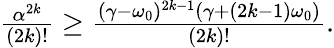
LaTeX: \begin{array}{r}{\frac{\alpha^{2k}}{(2k)!}\geq\frac{(\gamma-\omega_{0})^{2k-1}(\gamma+(2k-1)\omega_{0})}{(2k)!}.}\end{array}